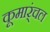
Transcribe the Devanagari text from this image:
कूमार्ंचल